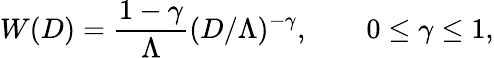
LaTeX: W(D)={\frac{1-\gamma}{\Lambda}}(D/\Lambda)^{-\gamma},\qquad 0\leq\gamma\leq 1,